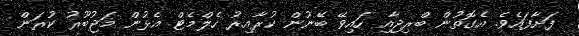
ފަށާފައެވެ. އެގޮތުން ބްރިޖާއި ހައިވޭ ބޭނުން ކުރާއިރު ހެލްމެޓް އެޅުން މަޖުބޫރު ކުރަން